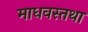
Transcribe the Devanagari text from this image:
माधवस्तथा